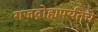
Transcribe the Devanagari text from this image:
राजद्रोहापर्यंतचे